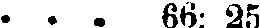
. . . 66: 25